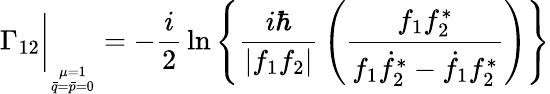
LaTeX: \Gamma_{12}\bigg\vert_{_{\stackrel{\mu=1}{\bar{q}=\bar{p}=0}}}=-{\frac{i}{2}}\ln\left\{ {\frac{i\hbar}{|f_{1}f_{2}|}}\left({\frac{f_{1}f_{2}^{*}}{f_{1}\dot{f}_{2}^{*}-\dot{f}_{1}f_{2}^{*}}}\right)\right\}